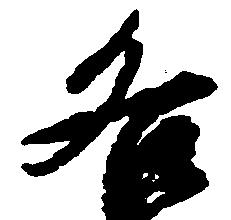
各